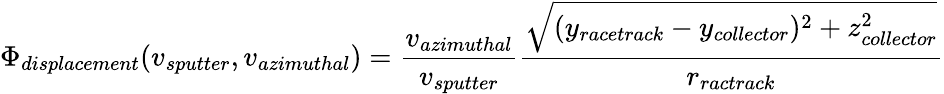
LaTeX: \Phi_{displacement}(v_{sputter},v_{azimuthal})=\frac{v_{azimuthal}}{v_{sputter}}\frac{\sqrt{(y_{racetrack}-y_{collector})^{2}+z_{collector}^{2}}}{r_{ractrack}}